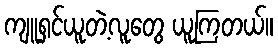
ကျူရှင်ယူတဲ့လူတွေ ယူကြတယ်။